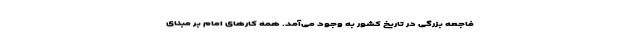
فاجعه بزرگی در تاریخ کشور به وجود می‌آمد. همه کارهای امام بر مبنای